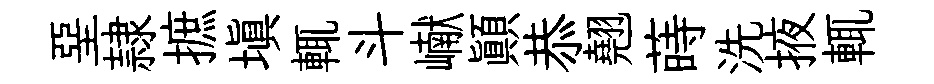
堊隷摭塡輒斗𪩘顚恭翹蒔洗掖輒